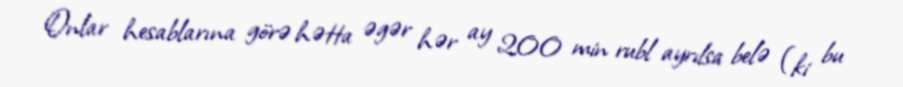
Onlar hesablarına görə hətta əgər hər ay 200 min rubl ayrılsa belə (ki bu